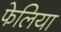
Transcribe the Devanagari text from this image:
फेलिया